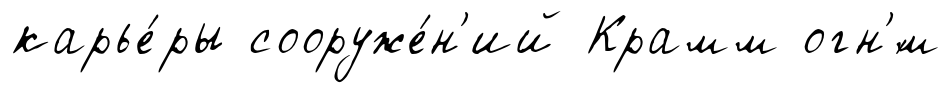
карье́ры сооруже́н'ий Крамм огн'́м